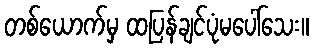
တစ်ယောက်မှ ထပြန်ချင်ပုံမပေါ်သေး။